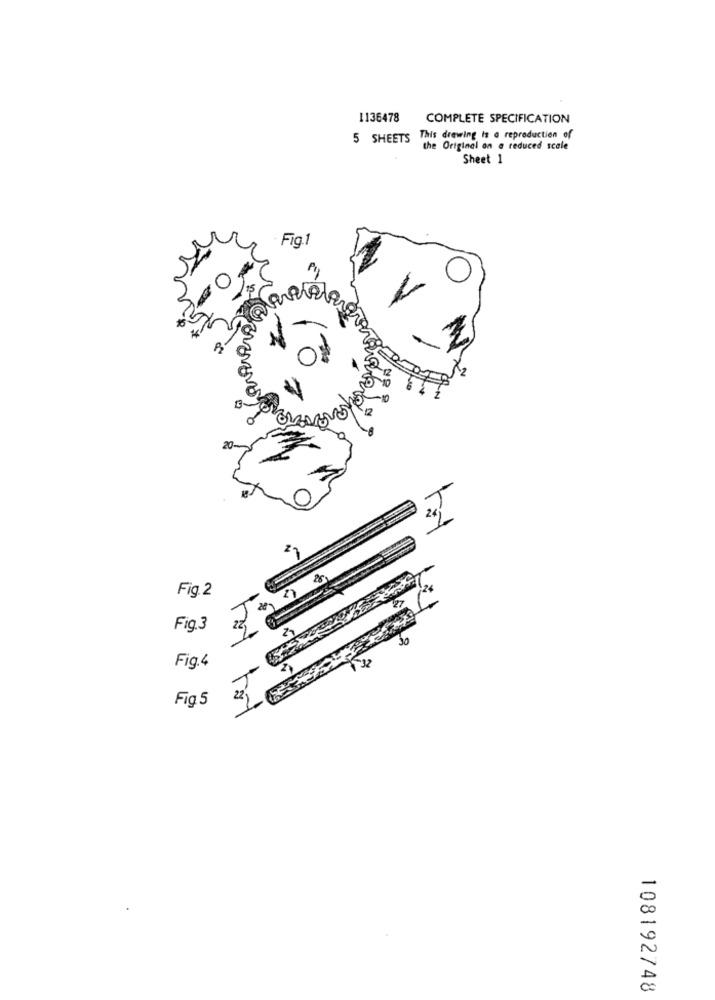
1136478 COMPLETE SPECIFICATION
5 SHEETS This drawing is a reproduction of
the Original on a reduced scale
Sheet 1
Fig.1
20.
Fig.2
Fig.3
Fig.4
Fig 5
22 )
108192748